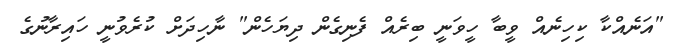
"އަނެއްކާ ކިހިނެއް ވީބާ ހީވަނީ ބިރެއް ފެނިގެން ދިޔަހެން" ނާހިދަށް ކުރެވުނީ ހައިރާނުގެ